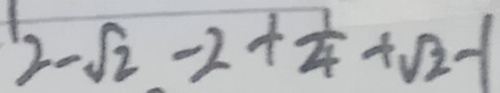
2 - \sqrt { 2 } - 2 + \frac { 1 } { 4 } + \sqrt { 2 } - 1